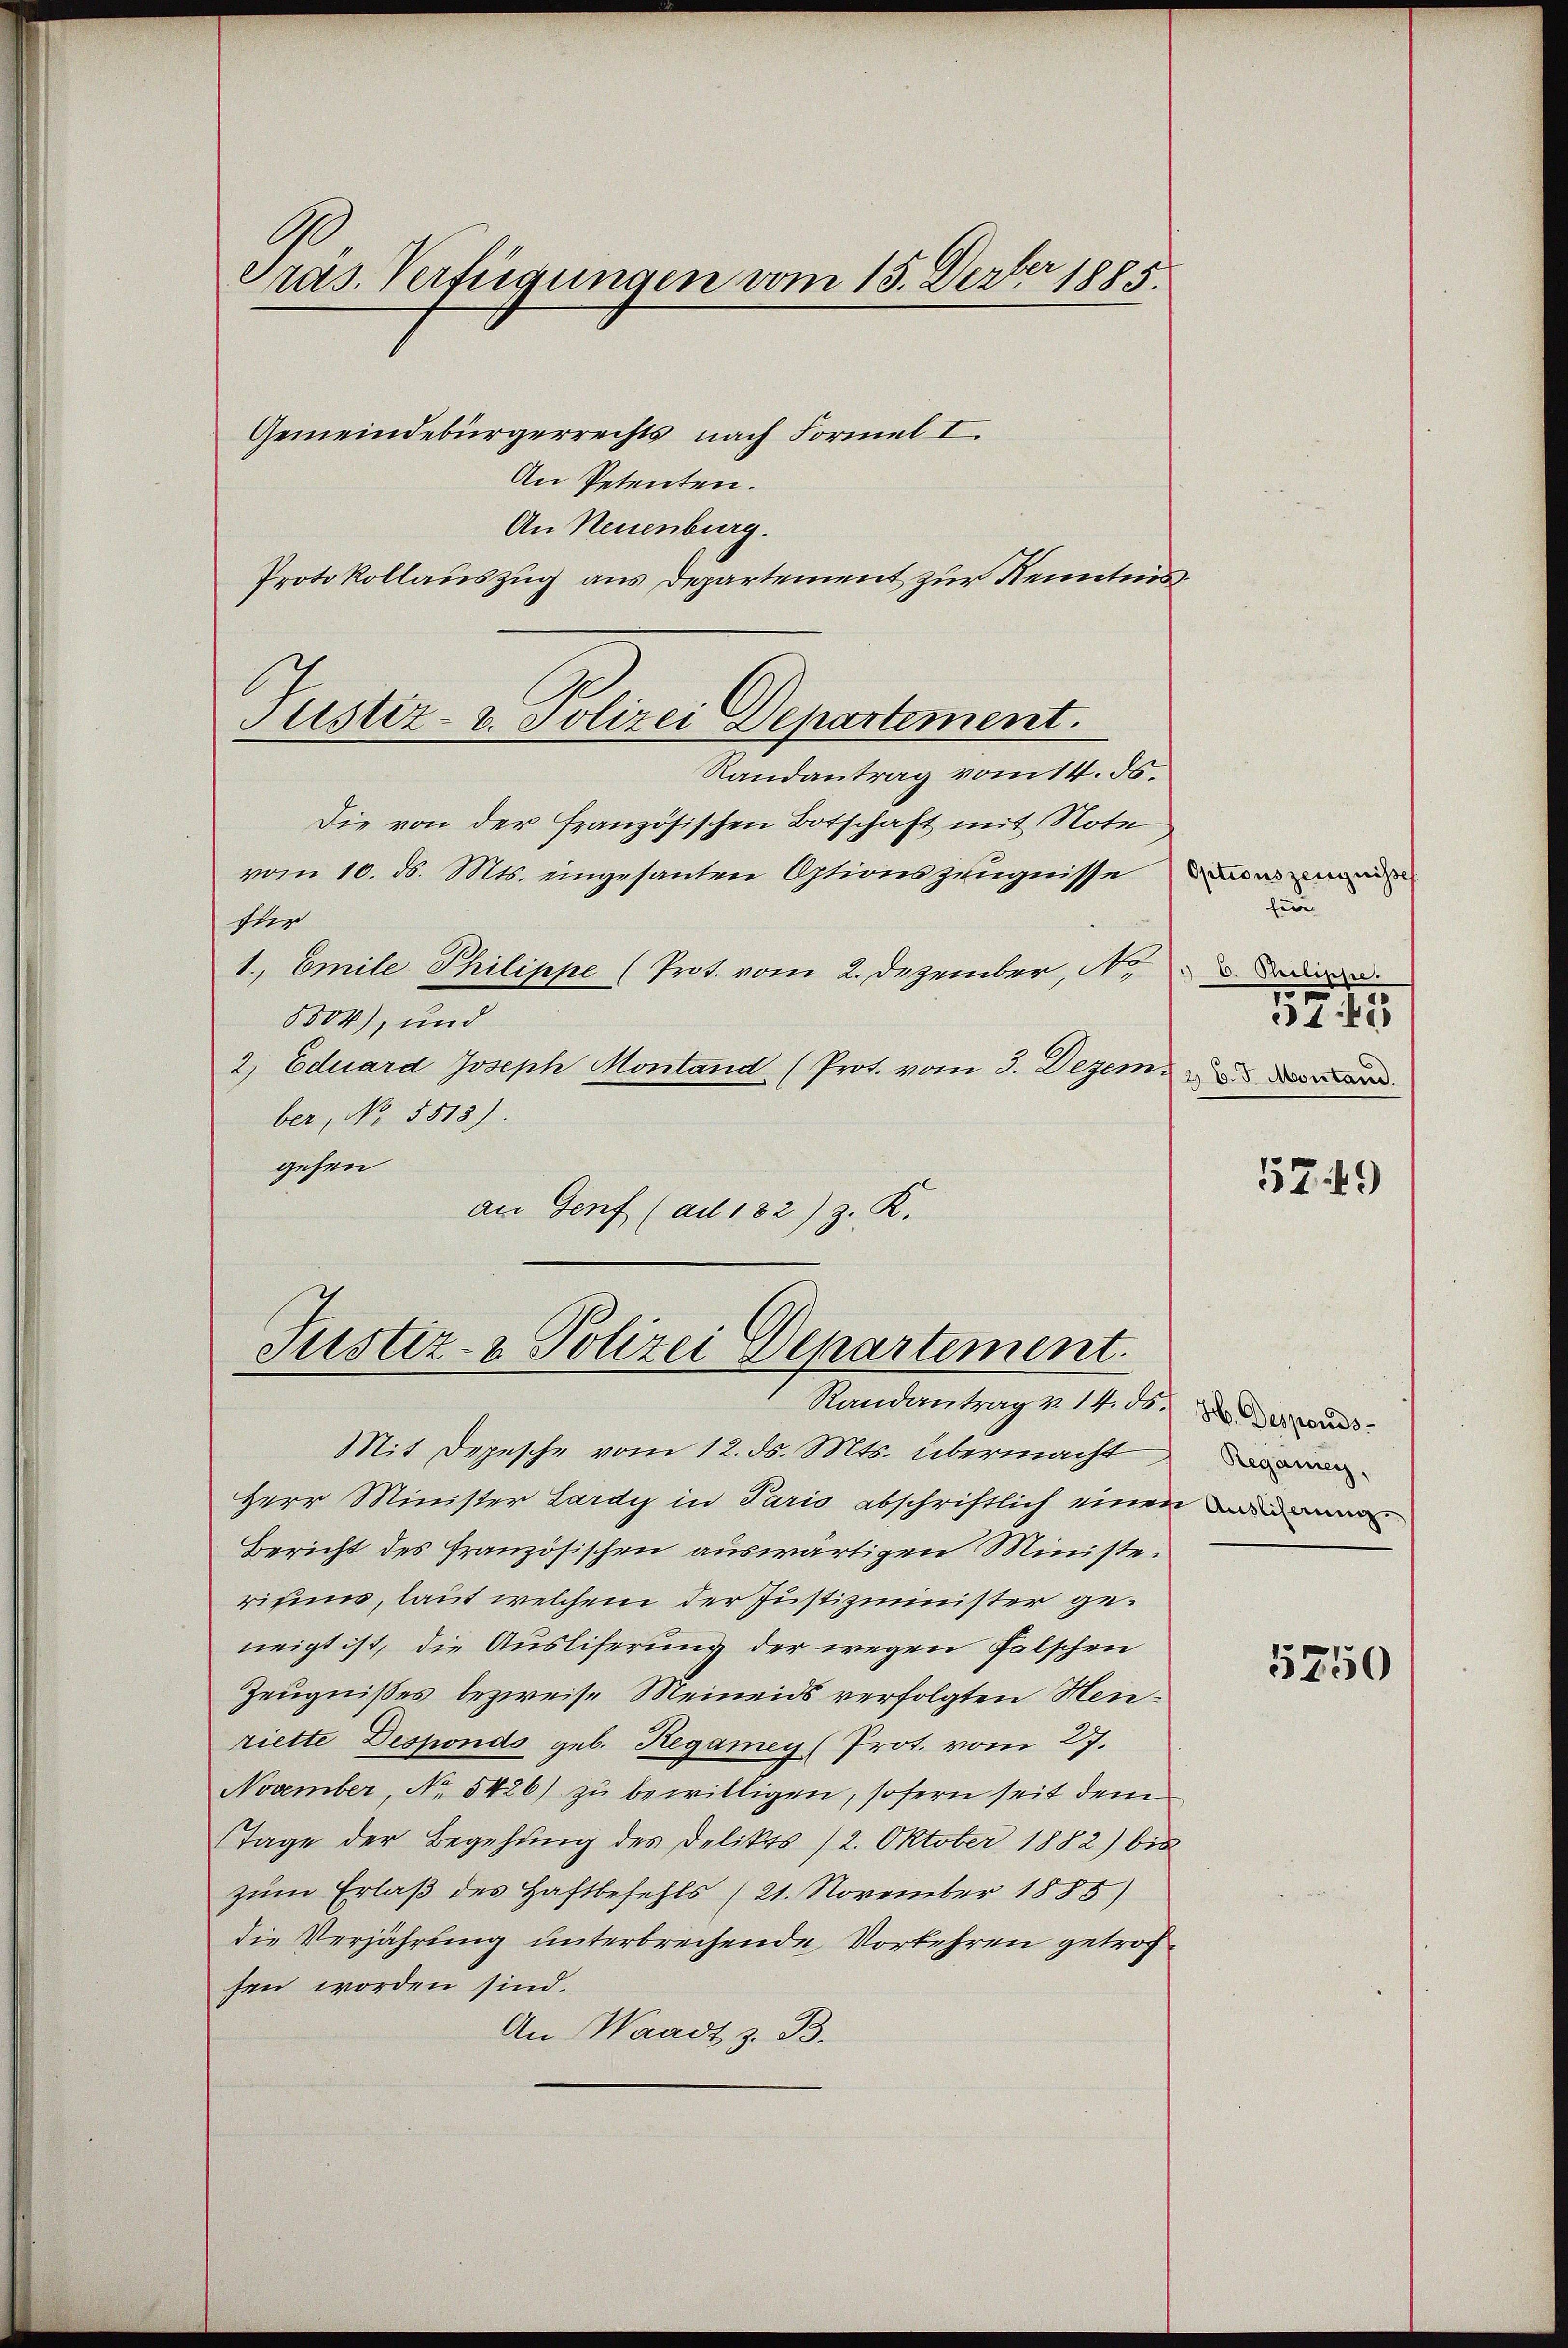
Präs. Verfügungen vom 15. Devber 1885.

Gemeindebürgerrechts nach Formel I.
An Petenten.
An Neuenburg.
Protokollauszug aus Departement zur Kenntnis¬
Die von der französischen Botschaft mit Note
vom 10. ds. Mts. eingesanten Optionszeugnisse
ster
1., Emile Philippe (Prot. vom 2. Dezember, No.
5504), und
2. Eduard Joseph Montand (Prot. vom 3. Dezem
ber, No. 5513).
gehen
an Genf (ad 182) z. K.

Mit Depesche vom 12. ds. Mts. übermacht
Herr Minister Lardy in Pario abschriftlich einen
Bericht des französischen auswärtigen Ministerisin, laut welchem der Justizminister geneigt ist, die Ausliferung der wegen Falschen
Zeugnißes bezweise Meineids verfolgten Menriette Desponds geb. Regamey (Prot. vom 27.
November, No. 5426) zu bewilligen, sofern seit dem
Tage der Begehung des Delikts (2. Oktober 1882) bis
zum Erlaß des Haftbefehls (21. November 1885)
die Verjährung unterbrechende Vorkehren getrofsen worden sind.
An Waadt z. B.

Justiz- u. Polizei Departement.
Randantrag vom 14. ds.

Justiz- & Polizei Departement.
Randantrag v. 14. ds.

Optionszeugnisses.
für
O. Philippe.
57. 42
2 l. J. Montans.

57. 49

H. Desponds-
Regalien,

5750